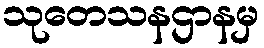
သုတေသနဌာနမှ